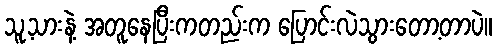
သူ့သားနဲ့ အတူနေပြီးကတည်းက ပြောင်းလဲသွားတော့တာပဲ။